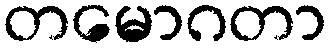
တမောဂတာ